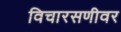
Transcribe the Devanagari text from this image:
विचारसणीवर